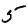
Digit: 5